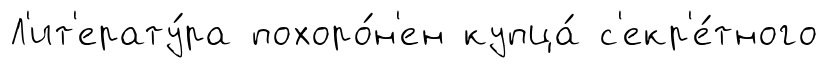
Л'ит'ерату́ра похоро́н'ен купца́ с'екр'е́тного